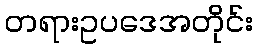
တရားဥပဒေအတိုင်း